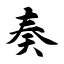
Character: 奏